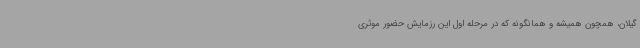
گیلان، همچون همیشه و همانگونه که در مرحله اول این رزمایش حضور موثری